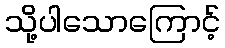
သို့ပါသောကြောင့်